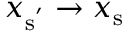
x _ { \mathrm { { s } ^ { ' } } } \to x _ { \mathrm { { s } } }